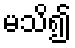
မသိ၍